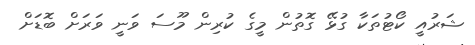
ޝަރުއީ ކޯޓުތަކާ ގުޅޭ ގޮތުން މީގެ ކުރިން މޫސަ ވަނީ ވަރަށް ބޮޑަށް